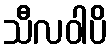
သီလဝါပိ